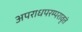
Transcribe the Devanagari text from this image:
अपराधपरम्परावृतं